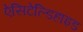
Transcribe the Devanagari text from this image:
ऐसिटेल्डिहाइड